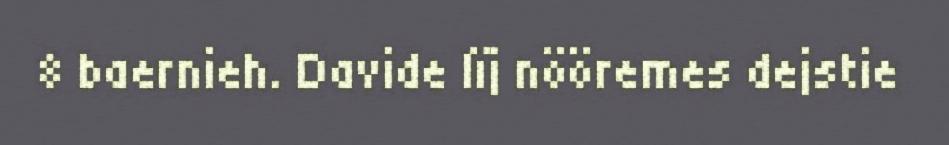
8 baernieh. Davide lïj nööremes dejstie